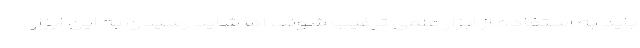
باید به استفاده از ابزار علمی ترغیب شوند، اما شاید رسیدن به این ابزار